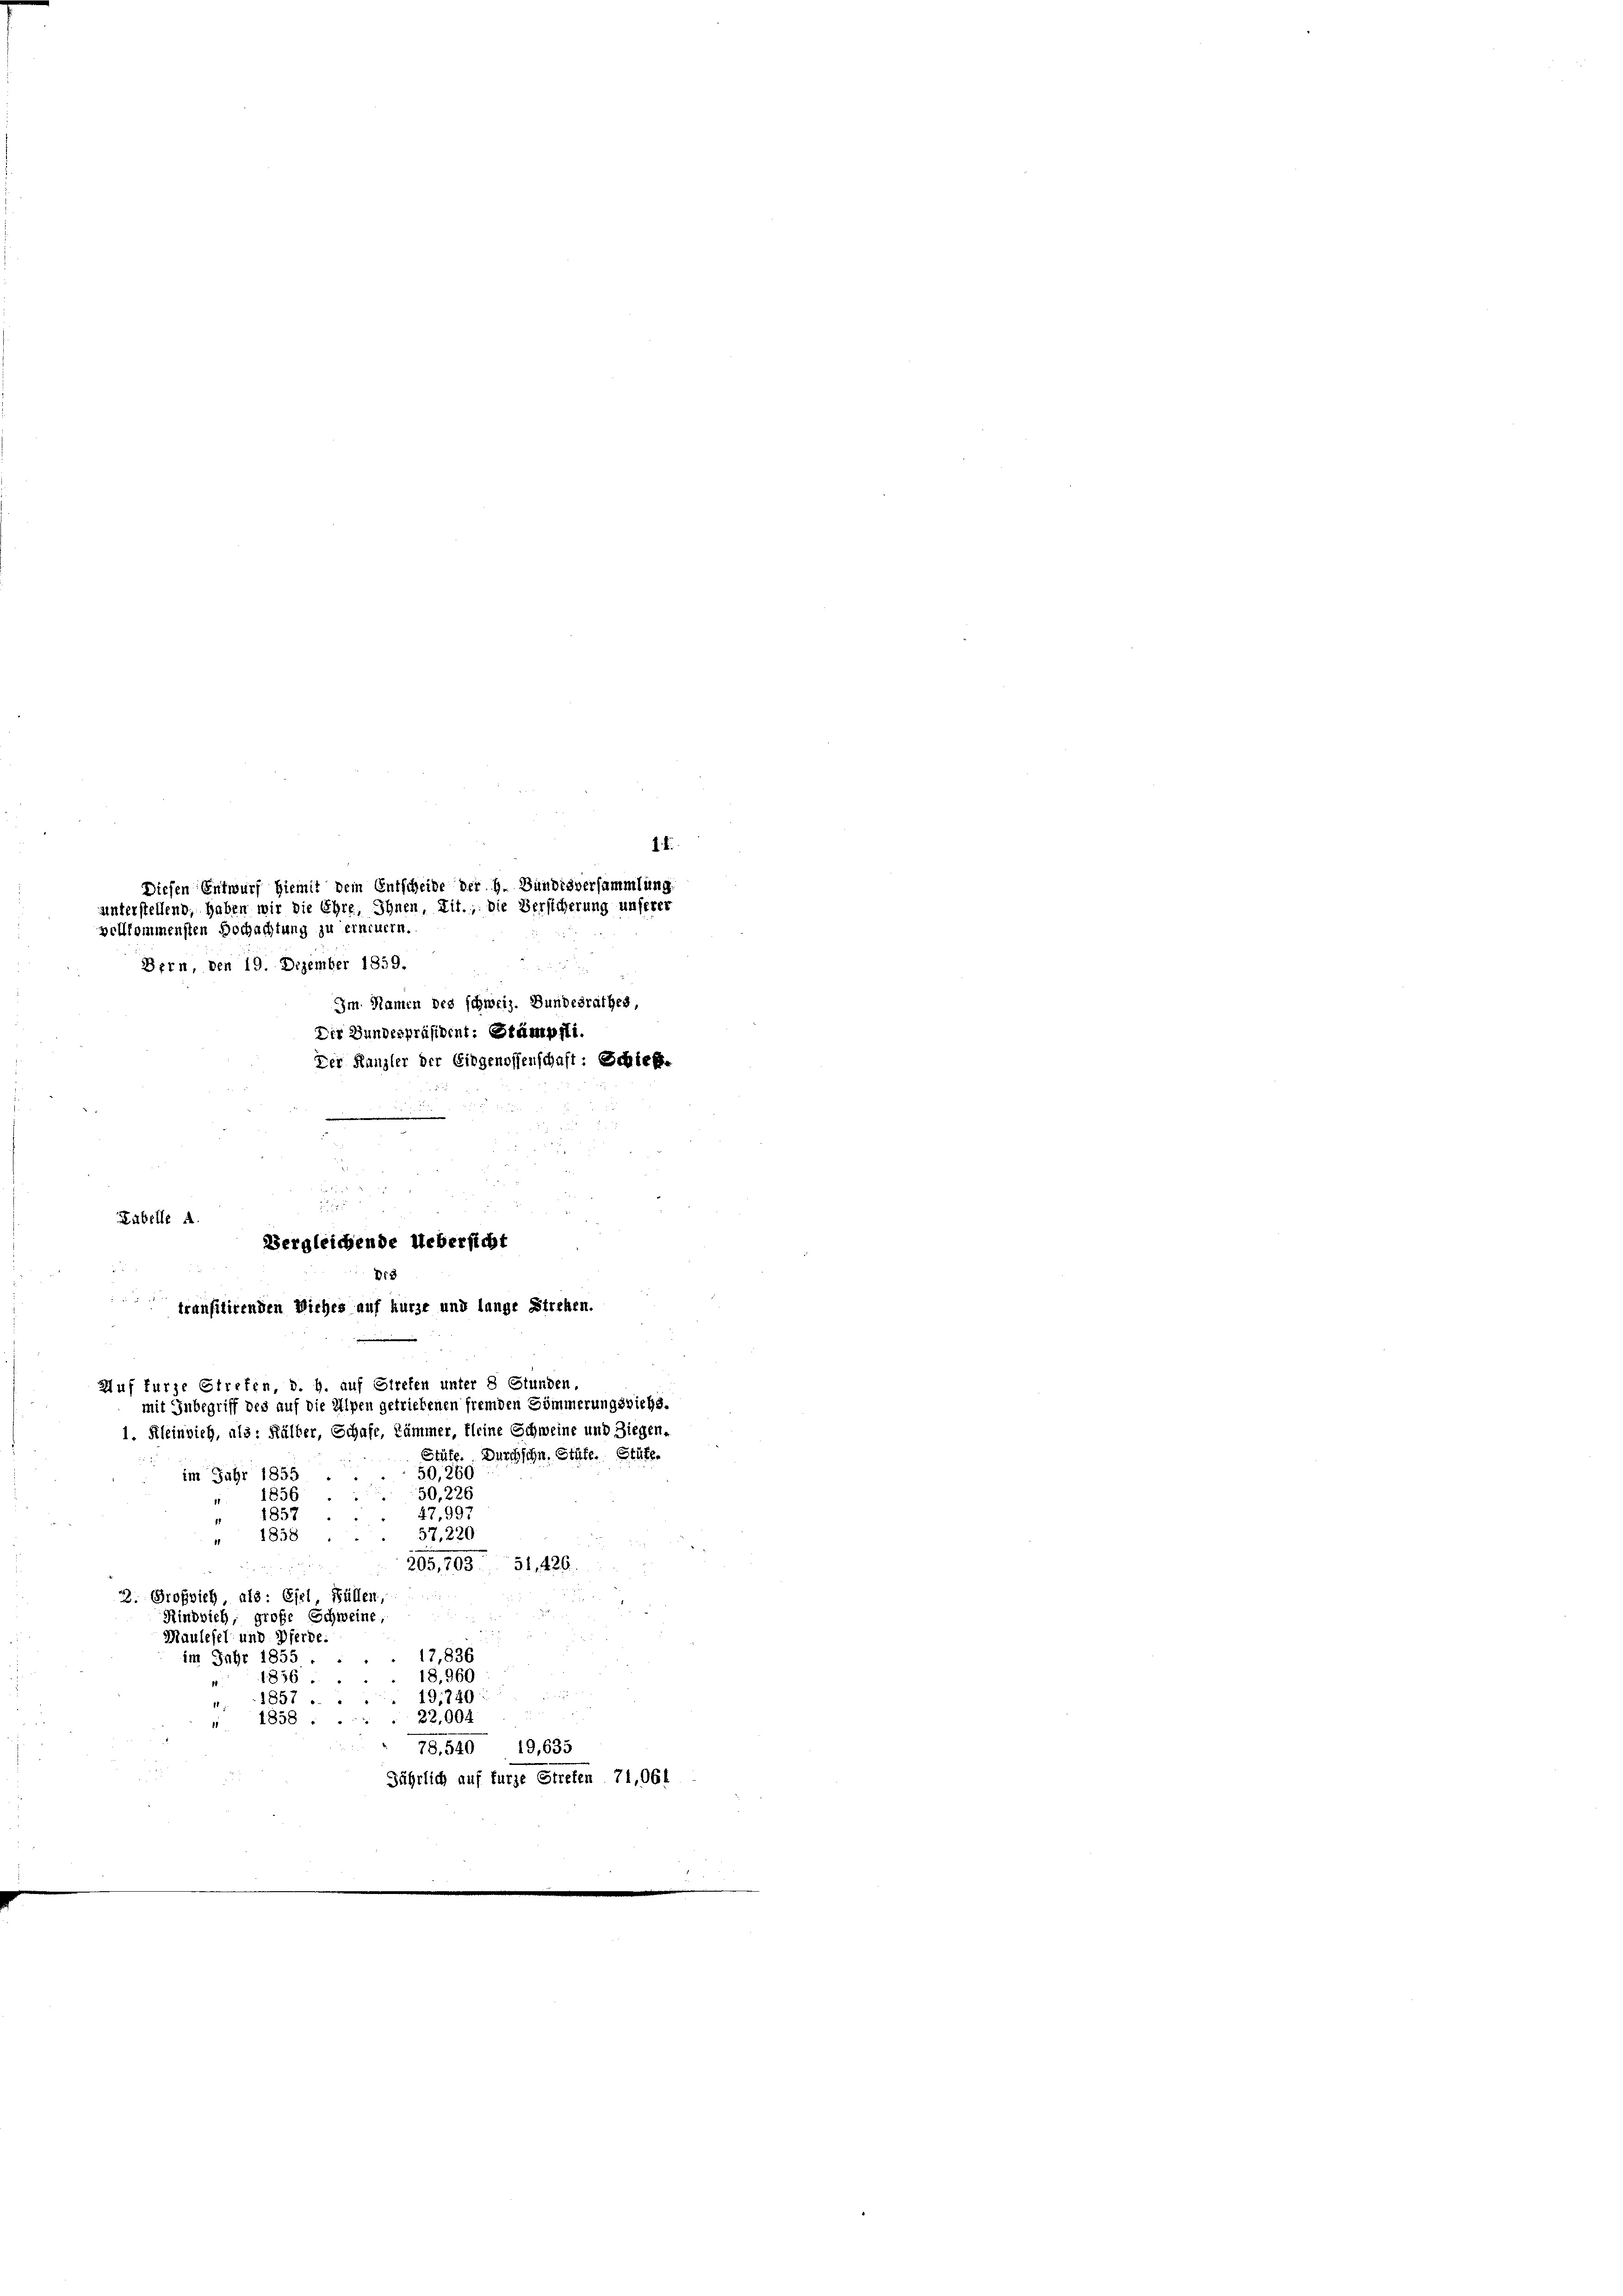
transitirenden Viehes auf kurze und lange Streben.

1. K
Diesen Entwurf hiemit dem Entscheide der h. Bundesversammlung.
unterstellend, haben wir die Ehre, Ihnen, Lit., die Versicherung unserer
vollkommensten Hochachtung zu erneuern.
Bern, den 19. Dezember 1859.
Im Namen des schweiz. Bundesrathes,
Der Bundespräsident: Stämpfli
der Kanzler der Eidgenossenschaft: Schleff-
Kabelle A.
Vergleichende Uebersicht
Di3

17,836
im Jahr 1855.
18.960
1856.
1857.
19, 740
22,004
 1858 ....
78. 540 19,635
Jährlich auf kurze Streten. 71,061

Auf furze Girefen, d. h. auf Streten unter 8 Stunden.
mit Inbegriff des auf die Alpen getriebenen fremden Sömmerungsrichs.
1. Kleinvieh, als: Kälber, Schafe, Kämmer, kleine Schweine und Ziegen.

Stüfe. Durchschn. Stäfe. Stüte.
50,260
im Jahr 1855
1856
50, 226
47,997
1857
57,220
 1858
205, 703. 51,426.
2. Großsich, als: Esel, Füllen,
Rindvieh, große Schweine,
Mäulefel und Pferde.